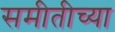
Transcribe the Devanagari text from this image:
समीतीच्या